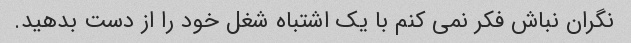
نگران نباش فکر نمی کنم با یک اشتباه شغل خود را از دست بدهید.